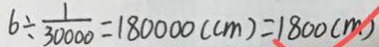
6 \div \frac { 1 } { 3 0 0 0 0 } = 1 8 0 0 0 0 ( c m ) = 1 8 0 0 ( m )